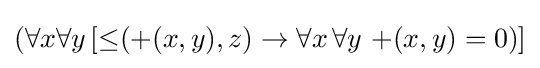
(\forall x\forall y\,[\mathop {\leq } (\mathop {+} (x,y),z)\to \forall x\,\forall y\,\mathop {+} (x,y)=0)]